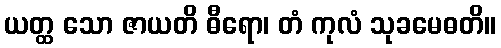
ယတ္ထ သော ဇာယတိ ဓီရော၊ တံ ကုလံ သုခမေဓတိ။